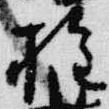
権